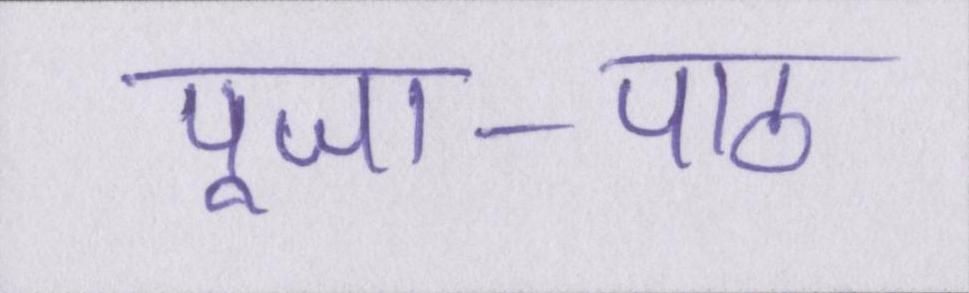
पूजा-पाठ